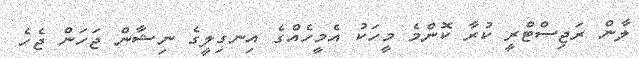
ލާން ރަޖިސްޓްރީ ކުރާ ކޮންމެ މީހަކު އެމީހެއްގެ އިނގިލީގެ ނިޝާން ޖަހަން ޖެހެ